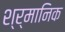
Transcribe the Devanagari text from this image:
श्र्मानिक